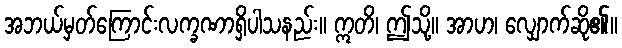
အဘယ်မှတ်ကြောင်းလက္ခဏာရှိပါသနည်း။ ဣတိ၊ ဤသို့။ အာဟ၊ လျှောက်ဆို၏။